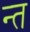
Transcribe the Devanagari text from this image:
न्त